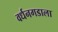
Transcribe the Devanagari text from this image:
वर्धनगडाला